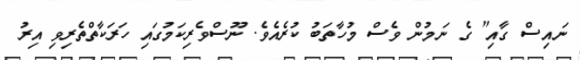
ނައިސް ގާއި" ގެ ނަމުން ވެސް މުހާތަބު ކުރެއެވެ. ނޫސްވެރިކަމުގައި ހަރަކާތްތެރިވި އިރު